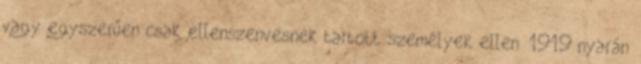
vagy egyszerűen csak ellenszenvesnek tartott személyek ellen. 1919 nyarán